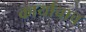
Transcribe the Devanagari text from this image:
कार्याचाच